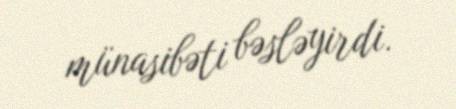
münasibəti bəsləyirdi.